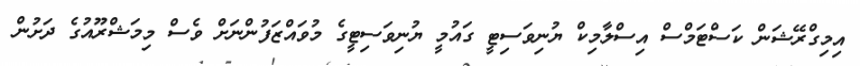
އިިމިގްރޭޝަން ކަސްޓަމްސް އިސްލާމިކް ޔުނިވަސިޓީ ގައުމީ ޔުނިވަސިޓީގެ މުވައްޒަފުންނަށް ވެސް މިމަޝްރޫއުގެ ދަށުން